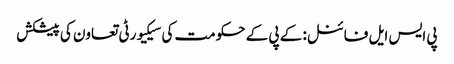
پی ایس ایل فائنل: کے پی کے حکومت کی سیکیورٹی تعاون کی پیشکش